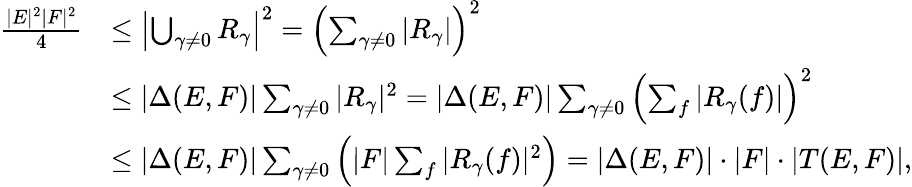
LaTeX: \begin{array}{rl}{\frac{|E|^{2}|F|^{2}}{4}}&{\leq\left|\bigcup_{\gamma\not=0}R_{\gamma}\right|^{2}=\left(\sum_{\gamma\not=0}|R_{\gamma}|\right)^{2}}\\ &{\leq|\Delta(E,F)|\sum_{\gamma\not=0}|R_{\gamma}|^{2}=|\Delta(E,F)|\sum_{\gamma\not=0}\left(\sum_{f}|R_{\gamma}(f)|\right)^{2}}\\ &{\leq|\Delta(E,F)|\sum_{\gamma\not=0}\left(|F|\sum_{f}|R_{\gamma}(f)|^{2}\right)=|\Delta(E,F)|\cdot|F|\cdot|T(E,F)|,}\end{array}